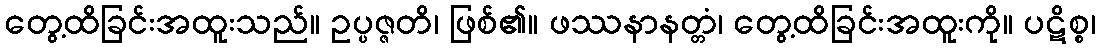
တွေ့ထိခြင်းအထူးသည်။ ဥပ္ပဇ္ဇတိ၊ ဖြစ်၏။ ဖဿနာနတ္တံ၊ တွေ့ထိခြင်းအထူးကို။ ပဋိစ္စ၊